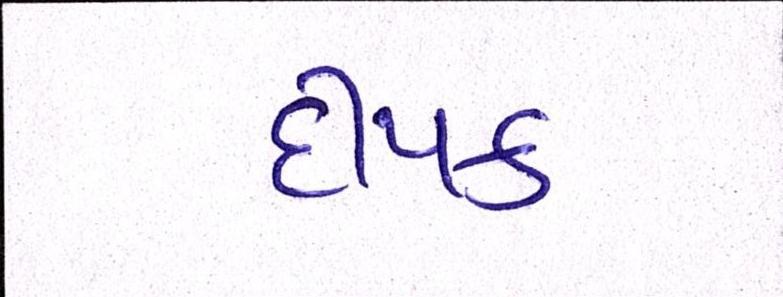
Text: દીપક